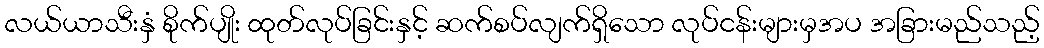
လယ်ယာသီးနှံ စိုက်ပျိုး ထုတ်လုပ်ခြင်းနှင့် ဆက်စပ်လျက်ရှိသော လုပ်ငန်းများမှအပ အခြားမည်သည့်